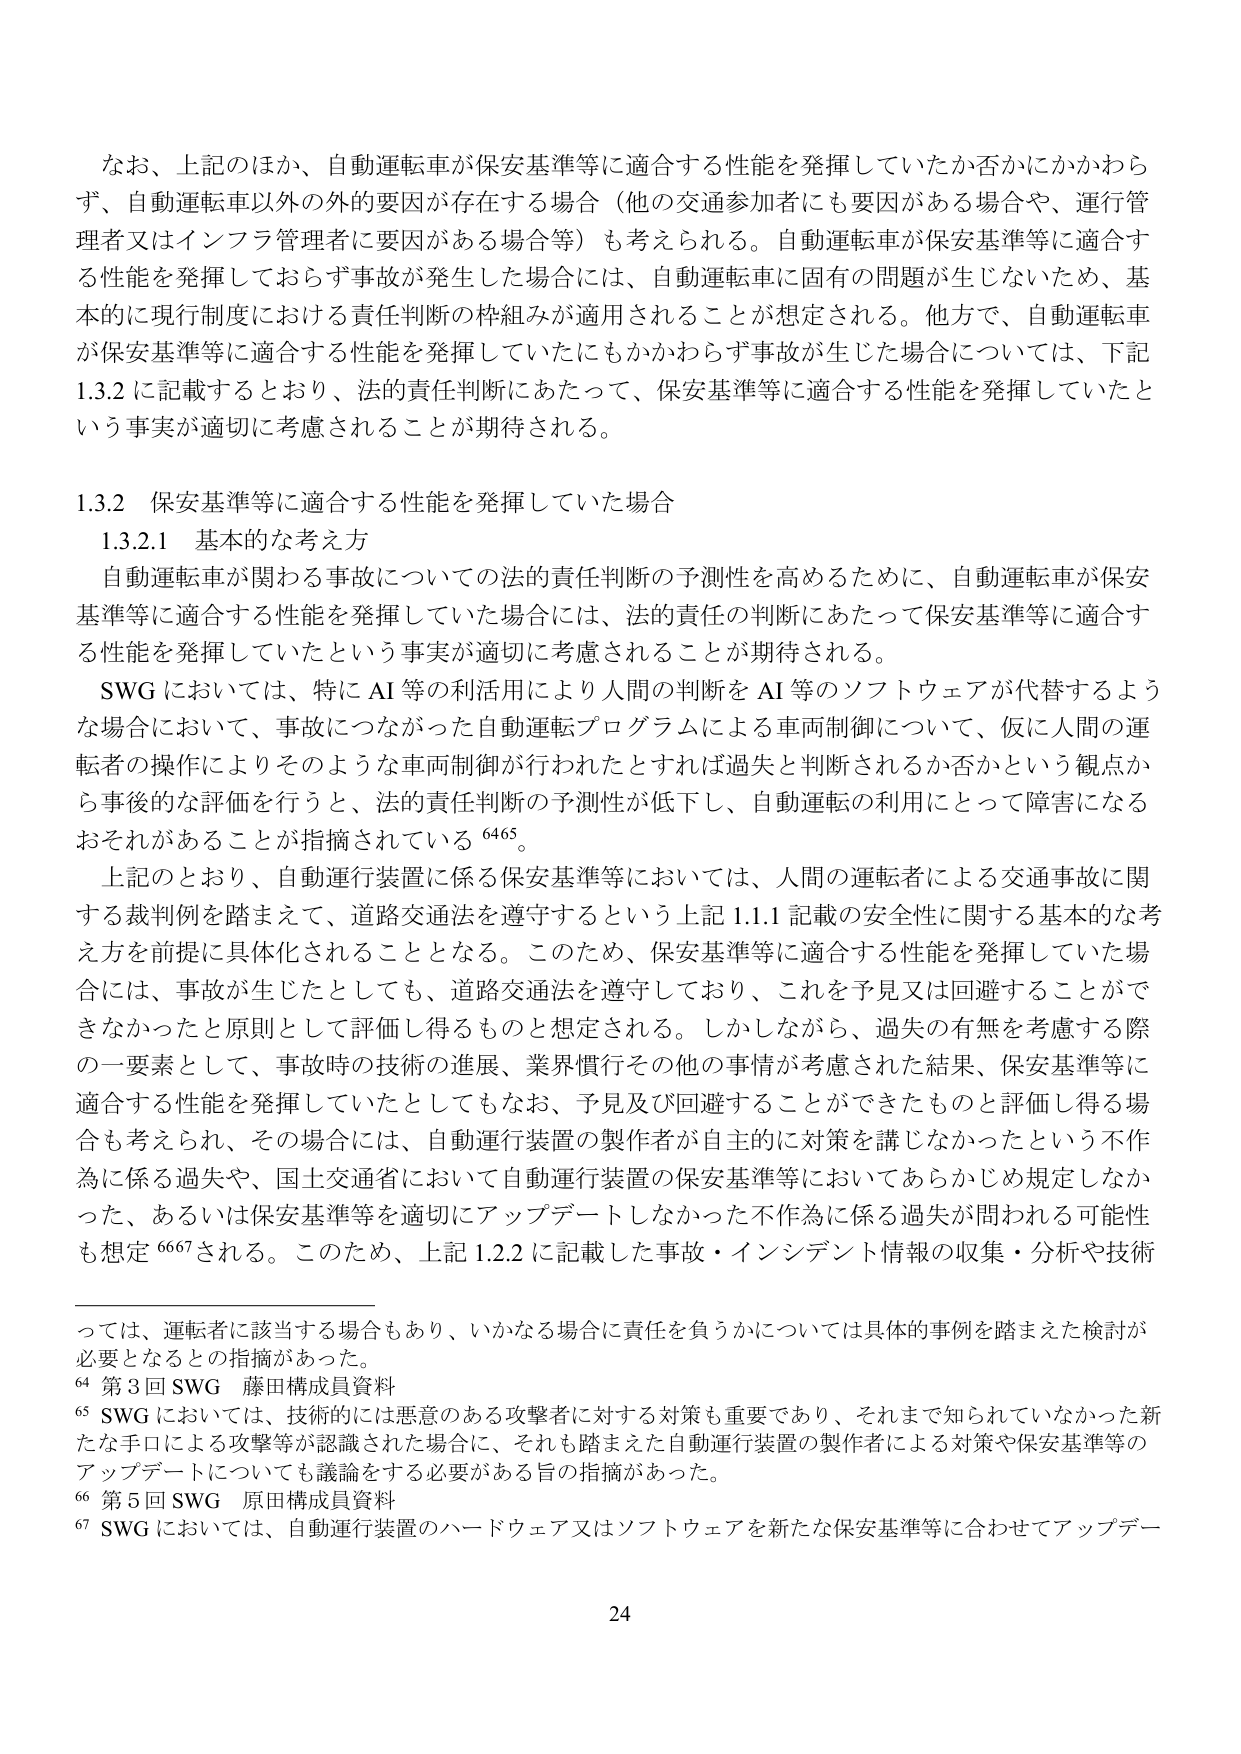
なお、上記のほか、自動運転車が保安基準等に適合する性能を発揮していたか否かにかかわらず、自動運転車以外の外的要因が存在する場合（他の交通参加者にも要因がある場合や、運行管理者又はインフラ管理者に要因がある場合等）も考えられる。自動運転車が保安基準等に適合する性能を発揮しておらず事故が発生した場合には、自動運転車に固有の問題が生じないため、基本的に現行制度における責任判断の枠組みが適用されることが想定される。他方で、自動運転車が保安基準等に適合する性能を発揮していたにもかかわらず事故が生じた場合については、下記1.3.2に記載するとおり、法的責任判断にあたって、保安基準等に適合する性能を発揮していたという事実が適切に考慮されることが期待される。

1.3.2 保安基準等に適合する性能を発揮していた場合
1.3.2.1 基本的な考え方
自動運転車が関わる事故についての法的責任判断の予測性を高めるために、自動運転車が保安基準等に適合する性能を発揮していた場合には、法的責任の判断にあたって保安基準等に適合する性能を発揮していたという事実が適切に考慮されることが期待される。
SWGにおいては、特にAI等の利活用により人間の判断をAI等のソフトウェアが代替するような場合において、事故につながった自動運転プログラムによる車両制御について、仮に人間の運転者の操作によりそのような車両制御が行われたとすれば過失と判断されるか否かという観点から事後の評価を行うと、法的責任判断の予測性が低下し、自動運転の利用にとって障害になるおそれがあることが指摘されている6465。
上記のとおり、自動運行装置に係る保安基準等においては、人間の運転者による交通事故に関する裁判例を踏まえて、道路交通法を遵守するという上記1.1.1記載の安全性に関する基本的な考え方を前提に具体化されることとなる。このため、保安基準等に適合する性能を発揮していた場合には、事故が生じたとしても、道路交通法を遵守しており、これを予見又は回避することができなかったと原則として評価し得るものと想定される。しかしながら、過失の有無を考慮する際の一要素として、事故時の技術の進展、業界慣行その他の事情が考慮された結果、保安基準等に適合する性能を発揮していたとしてもなお、予見及び回避することができたものと評価し得る場合も考えられ、その場合には、自動運行装置の製作者が自主的に対策を講じなかったという不作為に係る過失や、国土交通省において自動運行装置の保安基準等においてあらかじめ規定しなかった、あるいは保安基準等を適切にアップデートしなかった不作為に係る過失が問われる可能性も想定6667される。このため、上記1.2.2に記載した事故・インシデント情報の収集・分析や技術

っては、運転者に該当する場合もあり、いかなる場合に責任を負うかについては具体的な事例を踏まえた検討が必要となるとの指摘があった。
64 第3回SWG 藤田構成員資料
65 SWGにおいては、技術的には悪意のある攻撃者に対する対策も重要であり、それまで知られていなかった新たな手口による攻撃等が認識された場合に、それも踏まえた自動運行装置の製作者による対策や保安基準等のアップデートについても議論をする必要がある旨の指摘があった。
66 第5回SWG 原田構成員資料
67 SWGにおいては、自動運行装置のハードウェア又はソフトウェアを新たな保安基準等に合わせてアップデー

24